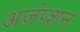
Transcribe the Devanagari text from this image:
अज़ंप्शन